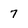
Character: 7